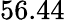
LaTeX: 56.44